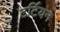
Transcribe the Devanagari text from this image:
टर्टियन